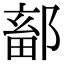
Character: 鄐